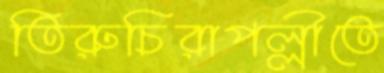
তিরুচিরাপল্লীতে